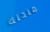
منحتك